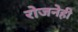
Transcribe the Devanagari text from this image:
रोजनेही